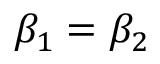
\beta _ { 1 } = \beta _ { 2 }